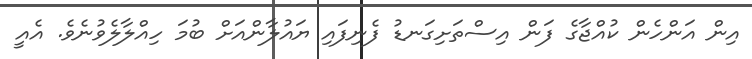
އިން އަންހެން ކުއްޖާގެ ފަން އިސްތަށިގަނޑު ފެނިފައި ޔައުލާންއަށް ބުމަ ހިއްލާލެވުނެވެ. އެއީ